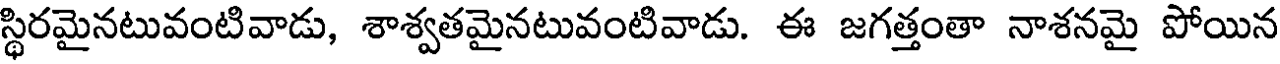
స్థిరమైనటువంటివాడు, శాశ్వతమైనటువంటివాడు. ఈ జగత్తంతా నాశనమై పోయిన